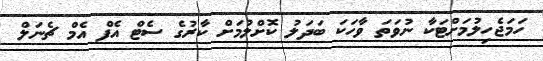
ހަމަޖެހިލުމަށްޓަކާ ނުވަތަ ވާހަކަ ބަދަލު ކޮށްލުމަށް ކާރުގެ ސެޓް އެފް އެމް ޗެނަލް